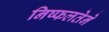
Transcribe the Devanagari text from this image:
निष्फलतेने